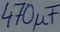
Text: 470µF